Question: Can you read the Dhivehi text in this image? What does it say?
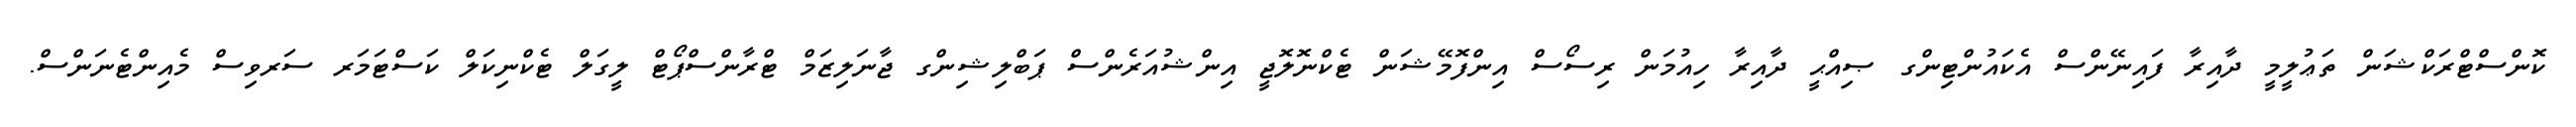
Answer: ކޮންސްޓްރަކްޝަން ތަޢުލީމީ ދާއިރާ ފައިނޭންސް އެކައުންޓިންގ ޞިއްޙީ ދާއިރާ ހިއުމަން ރިސޯސް އިންފޮމޭޝަން ޓެކްނޮލޮޖީ އިންޝުއަރެންސް ޕަބްލިޝިންގ ޖާނަލިޒަމް ޓްރާންސްޕޯޓް ލީގަލް ޓެކްނިކަލް ކަސްޓަމަރ ސަރވިސް މެއިންޓެނަންސް.